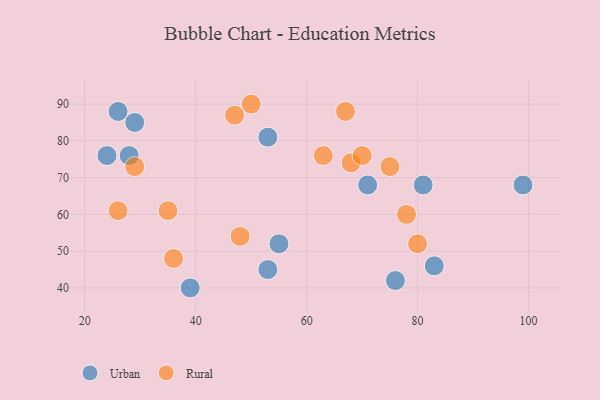
{"axis": {"x": "GDP", "y": "Life Expectancy"}, "legend": ["Rural", "Urban"], "data": [{"x": "83", "y": 46, "type": "Urban"}, {"x": "39", "y": 40, "type": "Urban"}, {"x": "26", "y": 88, "type": "Urban"}, {"x": "24", "y": 76, "type": "Urban"}, {"x": "55", "y": 52, "type": "Urban"}, {"x": "81", "y": 68, "type": "Urban"}, {"x": "29", "y": 85, "type": "Urban"}, {"x": "53", "y": 45, "type": "Urban"}, {"x": "99", "y": 68, "type": "Urban"}, {"x": "71", "y": 68, "type": "Urban"}, {"x": "53", "y": 81, "type": "Urban"}, {"x": "76", "y": 42, "type": "Urban"}, {"x": "28", "y": 76, "type": "Urban"}, {"x": "35", "y": 61, "type": "Rural"}, {"x": "47", "y": 87, "type": "Rural"}, {"x": "26", "y": 61, "type": "Rural"}, {"x": "36", "y": 48, "type": "Rural"}, {"x": "75", "y": 73, "type": "Rural"}, {"x": "68", "y": 74, "type": "Rural"}, {"x": "29", "y": 73, "type": "Rural"}, {"x": "80", "y": 52, "type": "Rural"}, {"x": "67", "y": 88, "type": "Rural"}, {"x": "48", "y": 54, "type": "Rural"}, {"x": "70", "y": 76, "type": "Rural"}, {"x": "50", "y": 90, "type": "Rural"}, {"x": "78", "y": 60, "type": "Rural"}, {"x": "63", "y": 76, "type": "Rural"}]}